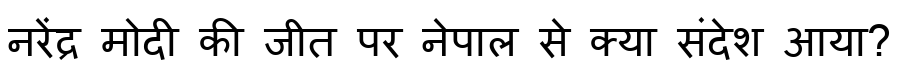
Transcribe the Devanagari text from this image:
नरेंद्र मोदी की जीत पर नेपाल से क्या संदेश आया?